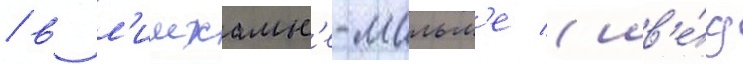
/ в л'имхамн'е-мальм'е (шв'е́д